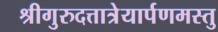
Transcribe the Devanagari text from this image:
श्रीगुरुदत्तात्रेयार्पणमस्तु